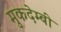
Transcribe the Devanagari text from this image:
मुकदेम्बी